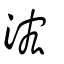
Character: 浤